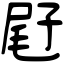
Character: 屘